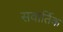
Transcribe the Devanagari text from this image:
सवार्तिक